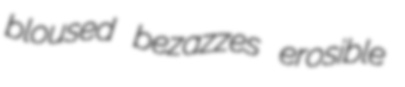
bloused bezazzes erosible